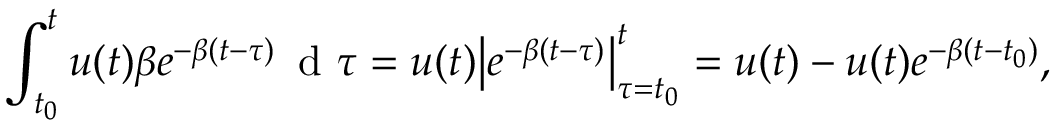
\int _ { t _ { 0 } } ^ { t } u ( t ) \beta e ^ { - \beta ( t - \tau ) } \, \mathrm { ~ d ~ } \tau = u ( t ) \big | e ^ { - \beta ( t - \tau ) } \big | _ { \tau = t _ { 0 } } ^ { t } = u ( t ) - u ( t ) e ^ { - \beta ( t - t _ { 0 } ) } ,